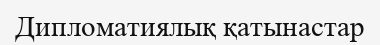
Дипломатиялық қатынастар